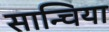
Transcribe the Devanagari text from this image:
सान्चिया